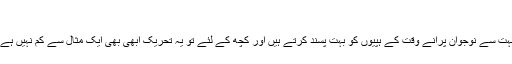
‘‘
لیا مزید کہتی ہے کہ بے شک ابھی بھی بہت سے نوجوان پرانے وقت کے ہپیوں کو بہت پسند کرتے ہیں اور کچھ کے لئے تو یہ تحریک ابھی بھی ایک مثال سے کم نہیں ہے لیکن اب سوچ میں بہت تبدیلی آ چکی ہے۔